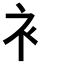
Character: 衤